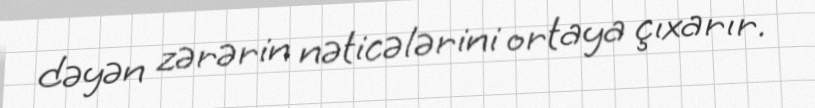
dəyən zərərin nəticələrini ortaya çıxarır.